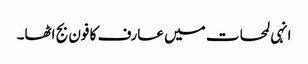
انہی لمحات میں عارف کا فون بج اٹھا۔